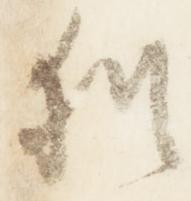
猶